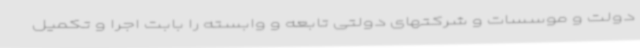
دولت و موسسات و شرکتهای دولتی تابعه و وابسته را بابت اجرا و تکمیل